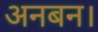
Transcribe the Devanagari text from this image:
अनबन।